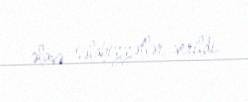
əlavə səlahiyyətlər verildi.